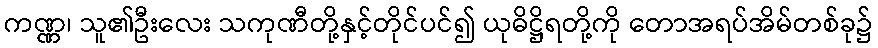
ကဏ္ဏ၊ သူ၏ဦးလေး သကုဏီတို့နှင့်တိုင်ပင်၍ ယုဓိဋ္ဌိရတို့ကို တောအရပ်အိမ်တစ်ခု၌